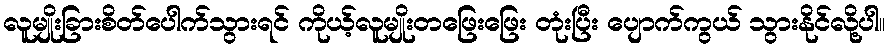
လူမျိုးခြားစိတ်ပေါက်သွားရင် ကိုယ့်လူမျိုးတဖြေးဖြေး တုံးပြီး ပျောက်ကွယ် သွားနိုင်လို့ပါ။